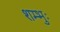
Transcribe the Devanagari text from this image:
शम्भुः